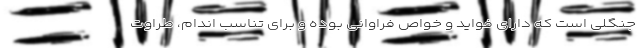
جنگلی است که دارای فواید و خواص فراوانی بوده و برای تناسب اندام، طراوت